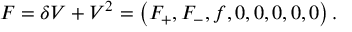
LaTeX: F = \delta V + V ^ { 2 } = \left( F _ { + } , F _ { - } , f , 0 , 0 , 0 , 0 , 0 \right) .